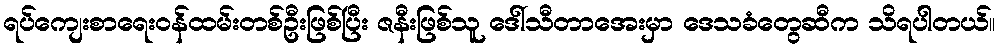
ရပ်ကျေးစာရေးဝန်ထမ်းတစ်ဦးဖြစ်ပြီး ဇနီးဖြစ်သူ ဒေါ်သီတာအေးမှာ ဒေသခံတွေဆီက သိရပါတယ်။